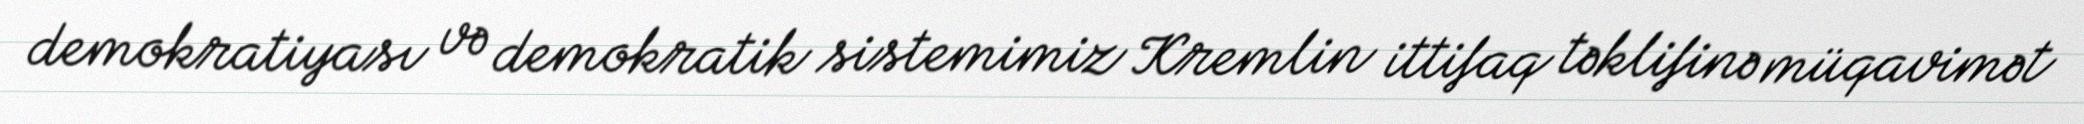
demokratiyası və demokratik sistemimiz Kremlin ittifaq təklifinə müqavimət